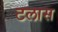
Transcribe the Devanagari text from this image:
टलास